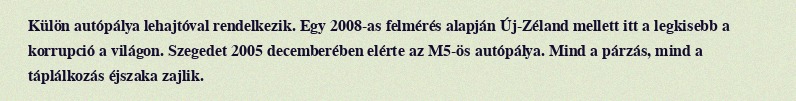
Külön autópálya lehajtóval rendelkezik. Egy 2008-as felmérés alapján Új-Zéland mellett itt a legkisebb a korrupció a világon. Szegedet 2005 decemberében elérte az M5-ös autópálya. Mind a párzás, mind a táplálkozás éjszaka zajlik.